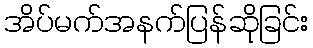
အိပ်မက်အနက်ပြန်ဆိုခြင်း